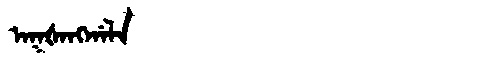
Manchu: ᠠᡴᡧᠠᠩᡤᠠᠯᠠ
Romanization: AKŠANGGALA